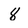
Character: 8